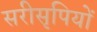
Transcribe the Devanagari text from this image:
सरीसृपियों